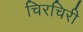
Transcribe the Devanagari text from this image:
चिरचिरी